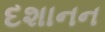
દશાનન